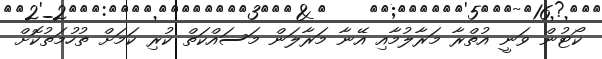
ކޯޓުން ވަނީ އުތްރާ މަރާލުމާއި އޭނާ މަރާލަން މަސައްކަތް ކުރި ކަމަށް ތުހުމަތުކޮށް